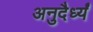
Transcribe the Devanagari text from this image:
अनुदैर्ध्यं